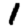
Digit: 1